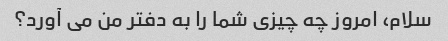
سلام، امروز چه چیزی شما را به دفتر من می آورد؟